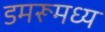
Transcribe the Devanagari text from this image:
डमरूमध्य